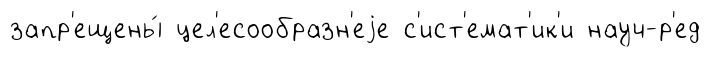
запр'ещены́ цел'есообразн'еjе с'ист'емат'ик'и науч-р'ед